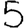
Digit: 5